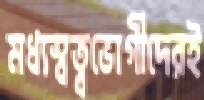
মধ্যস্বত্বভোগীদেরই